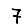
Digit: 7